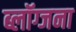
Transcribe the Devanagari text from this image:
ब्लॉग्जना